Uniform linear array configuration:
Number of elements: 8
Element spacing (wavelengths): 0.75
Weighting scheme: exponential
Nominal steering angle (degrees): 60
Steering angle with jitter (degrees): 60.004
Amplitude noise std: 0.05
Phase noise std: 0.05

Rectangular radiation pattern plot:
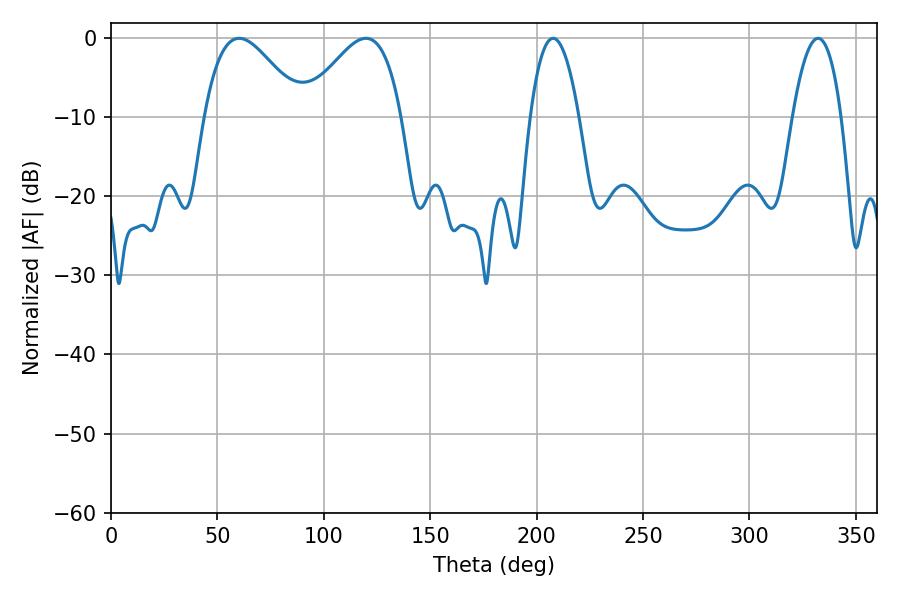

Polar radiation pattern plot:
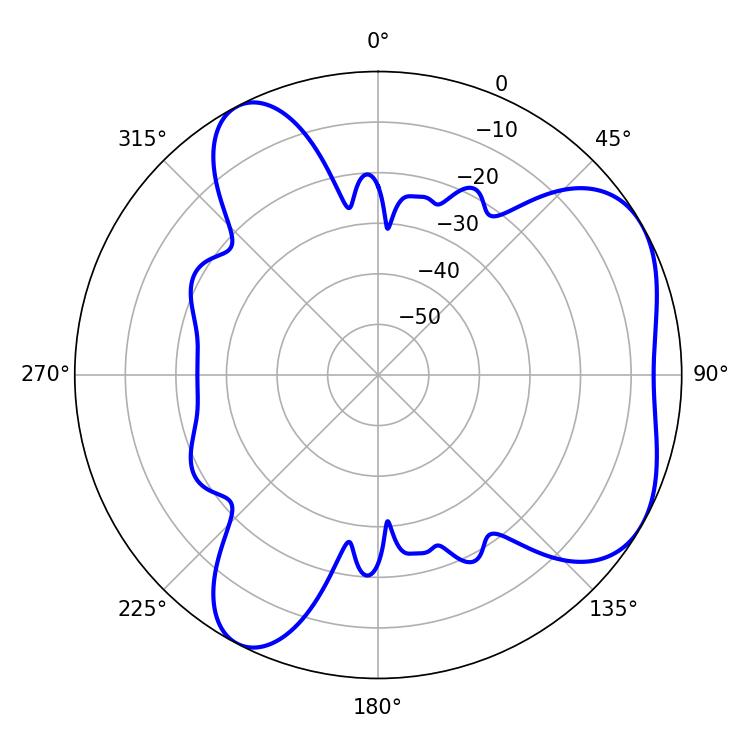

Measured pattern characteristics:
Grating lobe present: TRUE
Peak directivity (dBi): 5.16
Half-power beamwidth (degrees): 12.6
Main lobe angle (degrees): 207.72